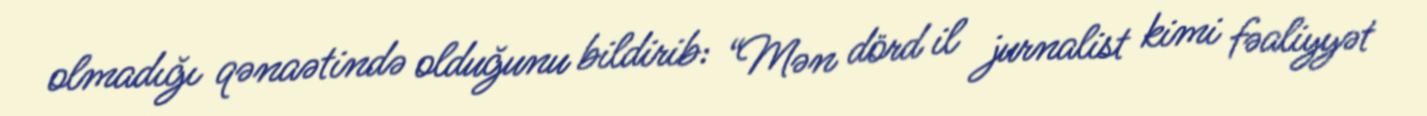
olmadığı qənaətində olduğunu bildirib: “Mən dörd il jurnalist kimi fəaliyyət